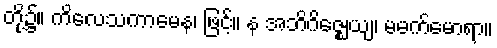
တို့၌။ ကိလေသကာမေန၊ ဖြင့်။ န အဘိဂိဇ္ဈေယျ၊ မမက်မောရာ။